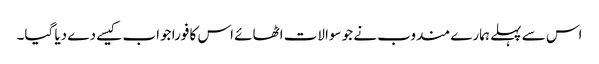
اس سے پہلے ہمارے مندوب نے جو سوالات اٹھائے اس کا فورا جواب کیسے دے دیا گیا۔